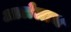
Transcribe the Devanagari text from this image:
आलेलाच